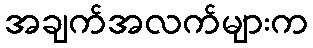
အချက်အလက်များက